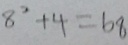
8 ^ { 2 } + 4 = 6 8